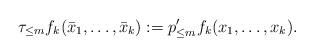
LaTeX: \begin{align*}\tau_{\leq m} f_k(\bar{x}_1,\ldots,\bar{x}_k):= p'_{\leq m}f_k(x_1,\ldots,x_k).\end{align*}